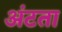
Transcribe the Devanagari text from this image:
अंटता